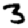
Digit: 3